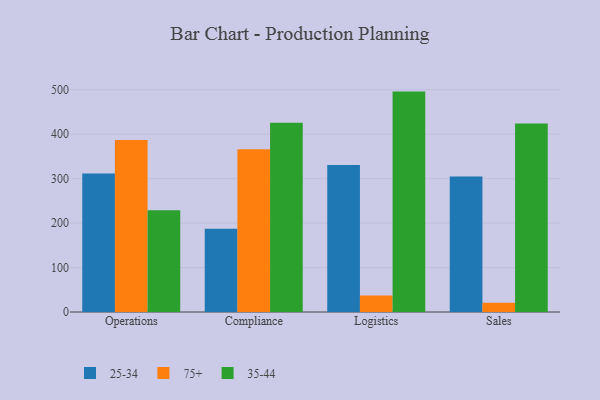
{"axis": {"x": "Department", "y": "Market Share (%)"}, "legend": ["25-34", "35-44", "75+"], "data": [{"x": "Operations", "y": 311.4, "type": "25-34"}, {"x": "Operations", "y": 387.1, "type": "75+"}, {"x": "Operations", "y": 229.1, "type": "35-44"}, {"x": "Compliance", "y": 187.1, "type": "25-34"}, {"x": "Compliance", "y": 366.2, "type": "75+"}, {"x": "Compliance", "y": 425.7, "type": "35-44"}, {"x": "Logistics", "y": 330.7, "type": "25-34"}, {"x": "Logistics", "y": 37.0, "type": "75+"}, {"x": "Logistics", "y": 495.9, "type": "35-44"}, {"x": "Sales", "y": 304.8, "type": "25-34"}, {"x": "Sales", "y": 20.9, "type": "75+"}, {"x": "Sales", "y": 424.4, "type": "35-44"}]}